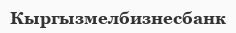
Кыргызмелбизнесбанк